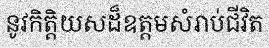
នូវកិត្តិយសដ៏ឧត្តមសំរាប់ជីវិត